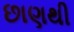
છાણથી